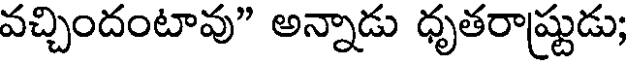
వచ్చిందంటావు" అన్నాడు ధృతరాష్ట్రుడు;